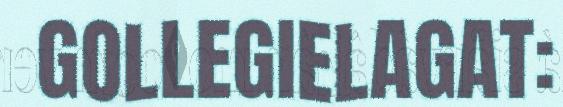
GOLLEGIELAGAT: